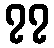
၇၇